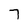
Character: 7